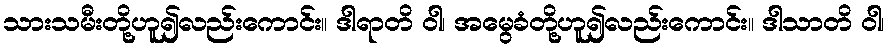
သားသမီးတို့ဟူ၍လည်းကောင်း။ ဒါရာတိ ဝါ၊ အမွေခံတို့ဟူ၍လည်းကောင်း။ ဒါသာတိ ဝါ၊